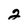
Character: 2